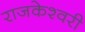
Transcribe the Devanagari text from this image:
राजकेश्‍वरी